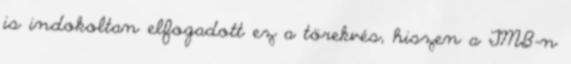
is indokoltan elfogadott ez a törekvés, hiszen a TMB-n